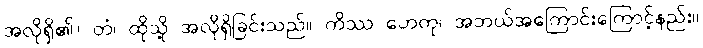
အလိုရှိ၏။ တံ၊ ထိုသို့ အလိုရှိခြင်းသည်။ ကိဿ ဟေတု၊ အဘယ်အကြောင်းကြောင့်နည်း။